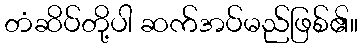
တံဆိပ်တို့ပါ ဆက်အပ်မည်ဖြစ်၏။